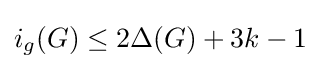
i_{g}(G)\leq 2\Delta (G)+3k-1